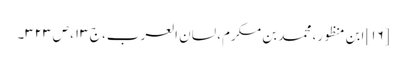
[۱۶] ابن منظور، محمد بن مکرم، لسان العرب، ج ۱۳، ص ۳۲۳۔